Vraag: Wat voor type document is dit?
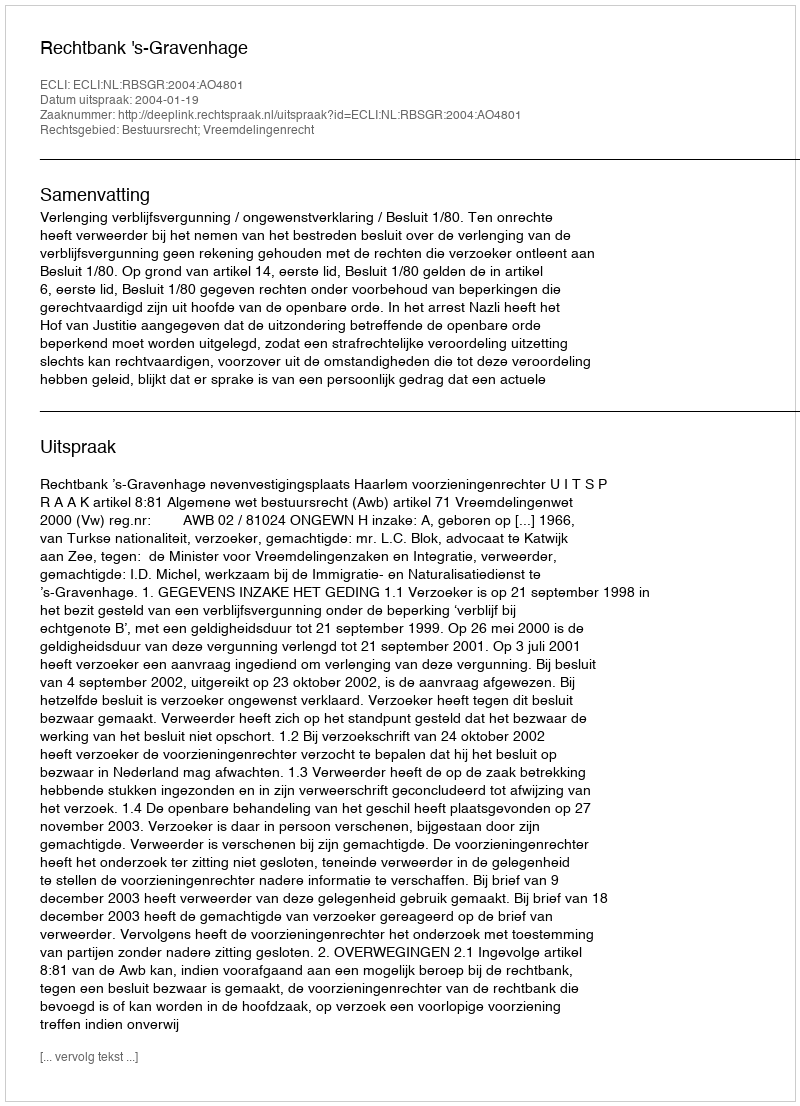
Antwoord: Uitspraak